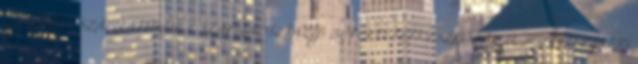
egy műveletet SZÁMLATÜKÖR 1. SZÁMLAOSZTÁLY: BEFEKTETETT ESZKÖZÖK 11. IMMATERIÁLIS